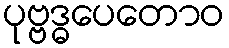
ပုဗ္ဗဒ္ဓပေတောဝ